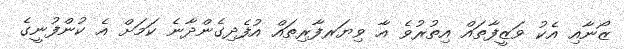
ޒޯނާއި އެކު ވަޒީފާތައް އިތުރުވެ އާ ވިޔަރފާރިތައް އުފެދިގެންދާނެ ކަމަށް އެ ކުންފުނީގެ